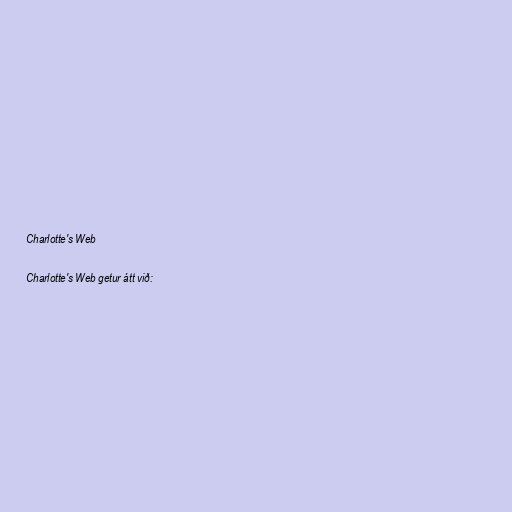
Charlotte's Web

Charlotte's Web getur átt við: